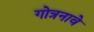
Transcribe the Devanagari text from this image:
गोत्रनावे